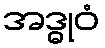
အဒ္ဓုဝံ